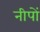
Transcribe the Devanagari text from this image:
नीपों